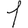
Digit: 1